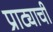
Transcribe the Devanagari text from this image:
प्राट्याची